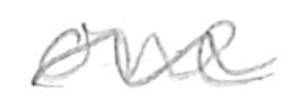
Text: one
Cross-out: wave
Writing tool: pencil